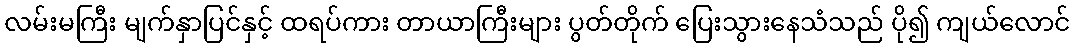
လမ်းမကြီး မျက်နှာပြင်နှင့် ထရပ်ကား တာယာကြီးများ ပွတ်တိုက် ပြေးသွားနေသံသည် ပို၍ ကျယ်လောင်